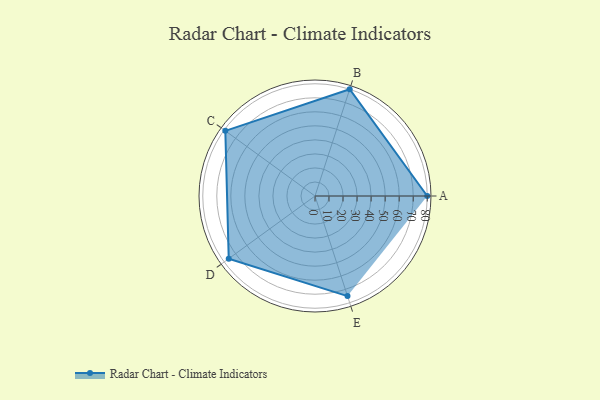
{"axis": {"x": "Skill", "y": "Score"}, "legend": ["Profile"], "data": [{"x": "A", "y": 80.0, "type": "Profile"}, {"x": "B", "y": 80.0, "type": "Profile"}, {"x": "C", "y": 79.0, "type": "Profile"}, {"x": "D", "y": 76.0, "type": "Profile"}, {"x": "E", "y": 75.0, "type": "Profile"}]}